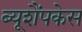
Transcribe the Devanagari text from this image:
ब्यूशैंपकेस